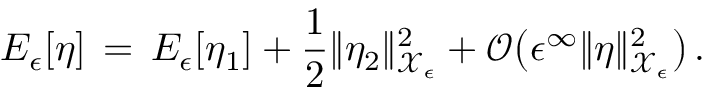
E _ { \epsilon } [ \eta ] \, = \, E _ { \epsilon } [ \eta _ { 1 } ] + \frac 1 2 \| \eta _ { 2 } \| _ { \mathcal { X } _ { \epsilon } } ^ { 2 } + \mathcal { O } \bigl ( \epsilon ^ { \infty } \| \eta \| _ { \mathcal { X } _ { \epsilon } } ^ { 2 } \bigr ) \, .